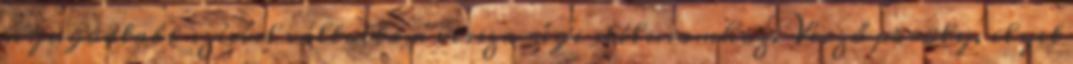
nyugodtabb szívvel váltottam vissza régi stílusomhoz. Vérző pöröly, ilyet